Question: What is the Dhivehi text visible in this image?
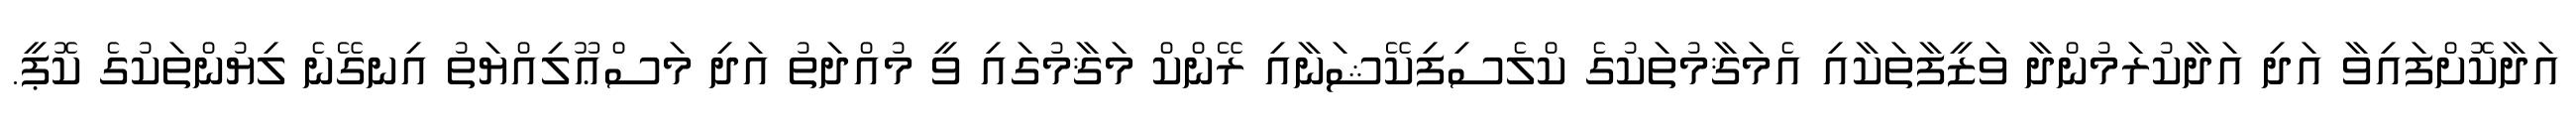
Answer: އަދާކޮށްފައިވާ އަދި އަދާކުރަމުންދާ ވަޒީފާތަކާއި އެމަޤާމުތަކުގެ ކްލެސިފިކޭޝަނާއި ރޭންކް މަޤާމުގައި ވީ މުއްދަތު އަދި މަސްޢޫލިއްޔަތު އިނގޭނެ ލިޔުންތަކުގެ ކޮޕީ.